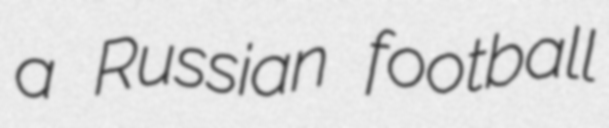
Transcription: a Russian football